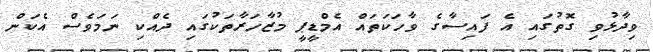
ވިދާޅުވި ގޮތުގައި އެ ފައިސާގެ ވާހަކަތައް އެމްޑީޕީ މުޒާހަރާތަކުގައި ދެއްކި ނަމަވެސް އެކަން